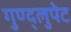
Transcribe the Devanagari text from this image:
गुण्द्लुपेट